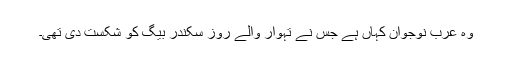
وہ عرب نوجوان کہاں ہے جس نے تہوار والے روز سکندر بیگ کو شکست دی تھی۔